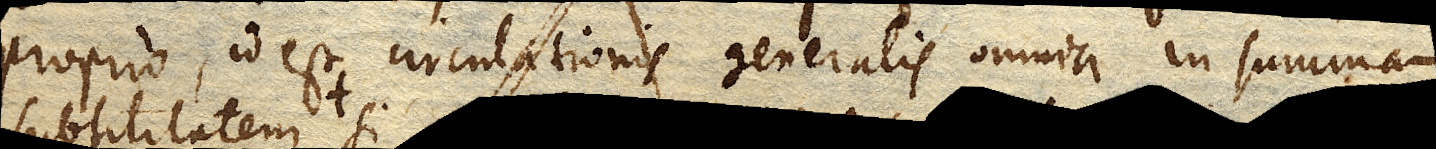
proprio, id est circulationis generalis omnia in summam